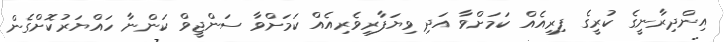
އިންދިރާނީގެ ކުރީގެ ފިރިއެއް ކަމަށްވާ އަދި ވިޔަފާރިވެރިއެއް ކަމަށްވާ ސަންޖީވް ކަންނާ ހައްޔަރުކޮށްގެން